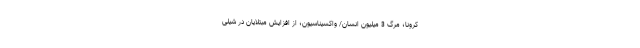
کرونا؛ مرگ 3 میلیون انسان/ واکسیناسیون؛ از افزایش مبتلایان در شیلی